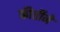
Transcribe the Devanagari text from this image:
कीर्तीने